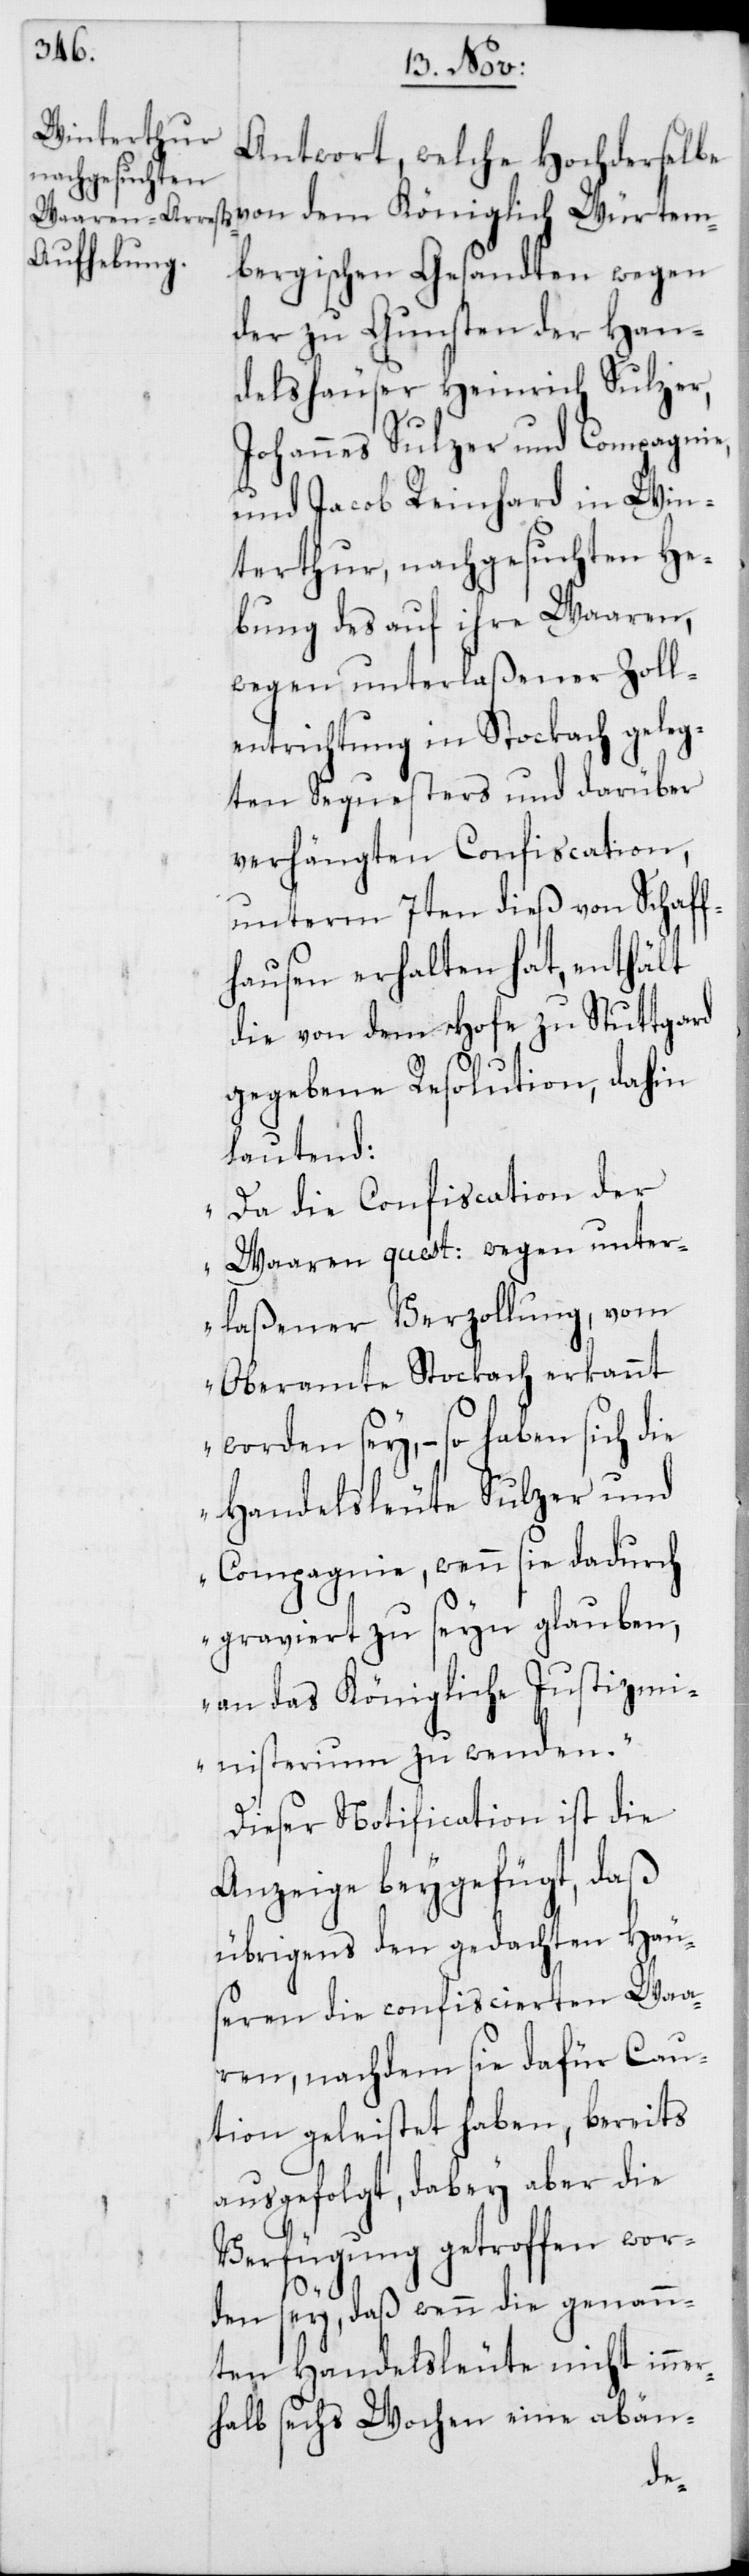
Antwort, welche Hochderselbe
von dem Königlich Würtem¬
bergischen Gesandten wegen
der zu Gunsten der Han¬
delshäuser Heinrich Sulzer,
Johannes Sulzer und Compagnie,
und Jacob Reinhard in Win¬
terthur, nachgesuchten He¬
bung des auf ihre Waaren,
wegen unterlaßener Zoll¬
entrichtung in Stockach geleg¬
ten Sequesters und darüber
verhängten Confiscation,
unterm 7ten dieß von Schaff¬
hausen erhalten hat, enthält
die von dem Hofe zu Stuttgard
gegebene Resolution, dahin
lautend:
„Da die Confiscation der
Waaren quest: wegen unter¬
laßener Verzollung, vom
Oberamte Stockach erkannt
worden sey, – so haben sich die
Handelsleute Sulzer und
Compagnie, wenn sie dadurch
graviert zu seyn glauben,
an das Königliche Justizm¬
inisterium zu wenden“.
Dieser Notification ist die
Anzeige beygefügt, daß
übrigens den gedachten Häus¬
eren die confiscierten Waa¬
ren, nachdem sie dafür Cau¬
tion geleistet haben, bereits
ausgefolgt, dabey aber die
Verfügung getroffen wor¬
den sey, daß wenn die genann¬
ten Handelsleute nicht inner¬
halb sechs Wochen eine abän-